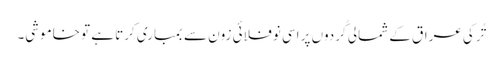
تُرکی عراق کے شمالی کُردوں پر اسی نوفلائی زون سے بمباری کرتا ہے تو خاموشی۔